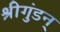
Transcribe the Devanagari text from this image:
श्रीगुंडन्